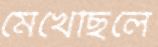
মেখেছিলে